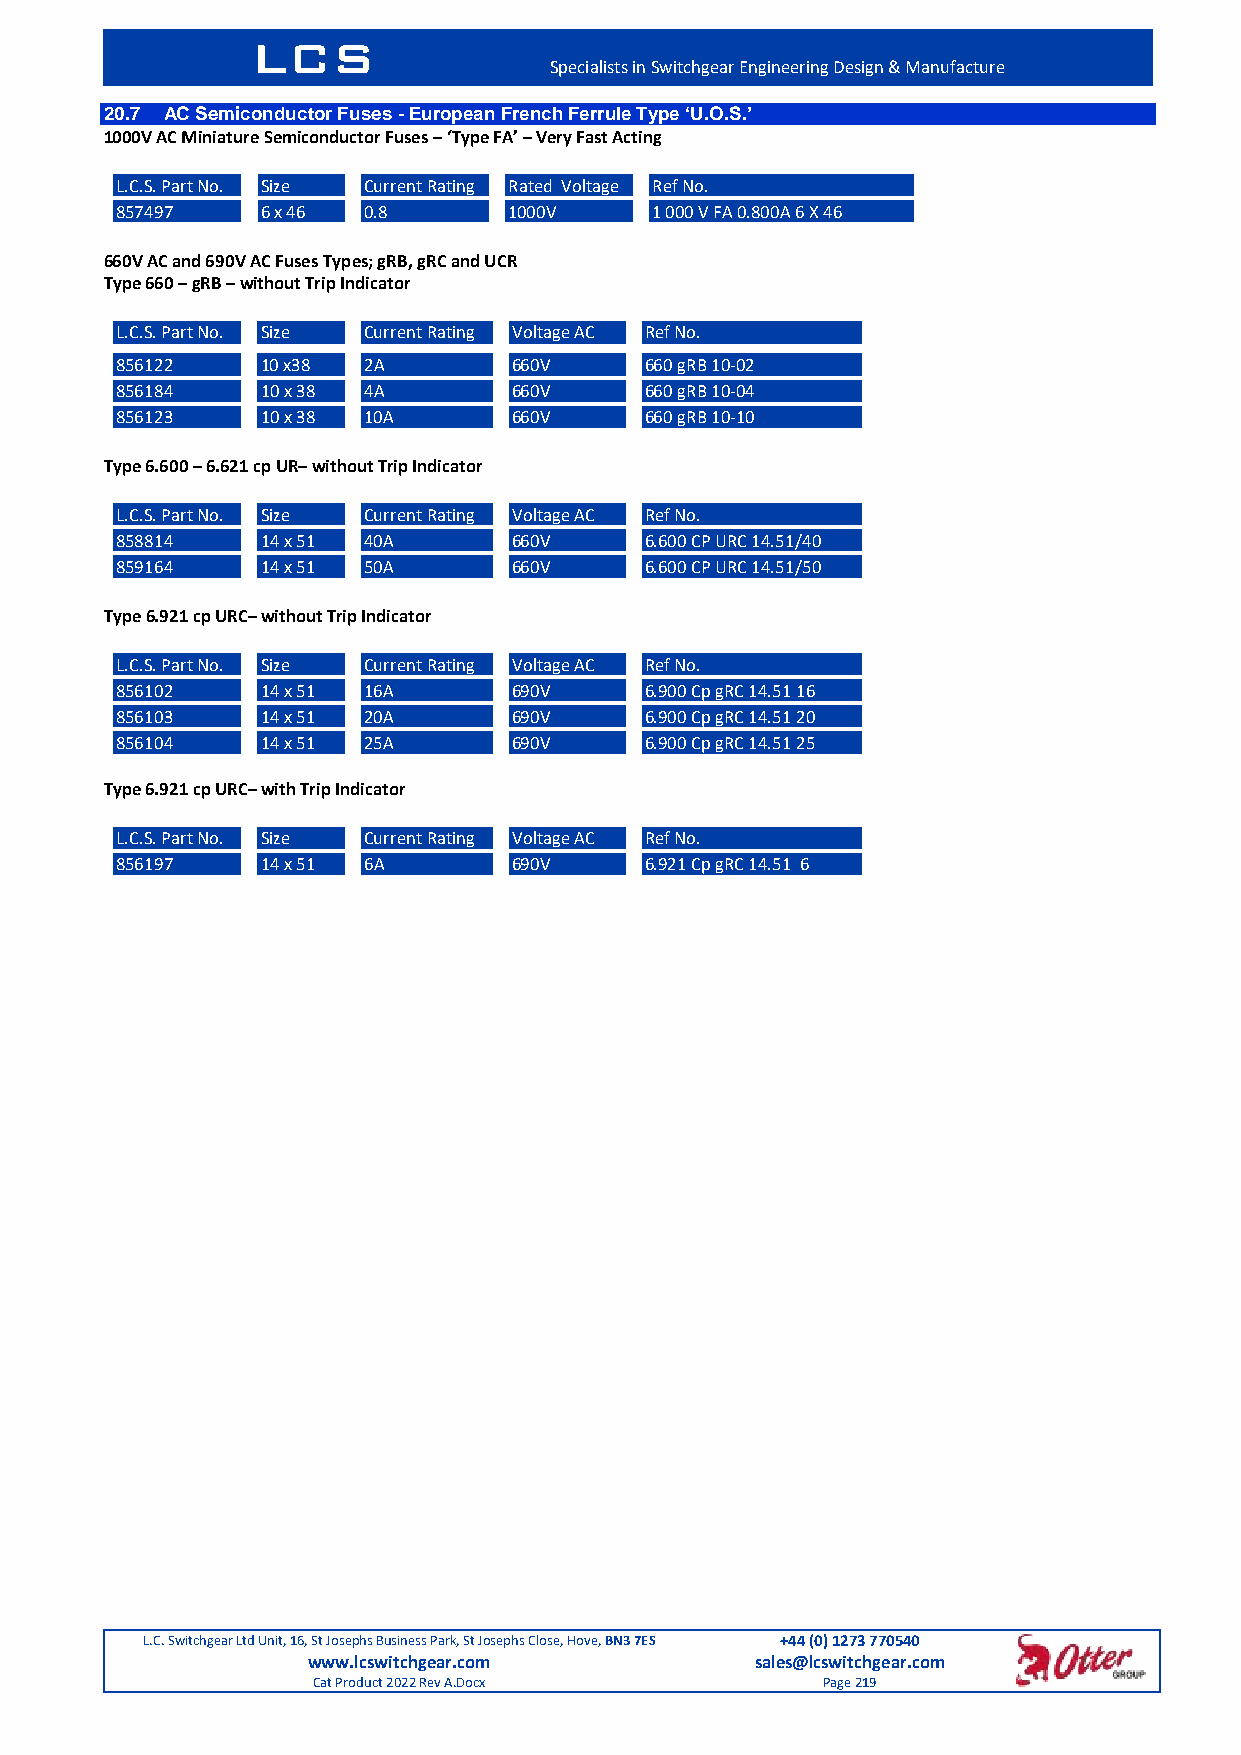
LCS
 Specialists in Switchgear Engineering Design & Manufacture
 20.7 AC Semiconductor Fuses - European French Ferrule Type ‘U.O.S.’
 1000V AC Miniature Semiconductor Fuses – ‘Type FA’ – Very Fast Acting
 L.C.S. Part No. Size Current Rating Rated Voltage Ref No.
 857497   6 x 46 0.8       1000V    1 000 V FA 0.800A 6 X 46
 660V AC and 690V AC Fuses Types; gRB, gRC and UCR
 Type 660 – gRB – without Trip Indicator
 L.C.S. Part No. Size Current Rating Voltage AC Ref No.
 856122   10 x38 2A        660V     660 gRB 10-02
 856184   10 x 38 4A       660V     660 gRB 10-04
 856123   10 x 38 10A      660V     660 gRB 10-10
 Type 6.600 – 6.621 cp UR– without Trip Indicator
 L.C.S. Part No. Size Current Rating Voltage AC Ref No.
 858814   14 x 51 40A      660V     6.600 CP URC 14.51/40
 859164   14 x 51 50A      660V     6.600 CP URC 14.51/50
 Type 6.921 cp URC– without Trip Indicator
 L.C.S. Part No. Size Current Rating Voltage AC Ref No.
 856102   14 x 51 16A      690V     6.900 Cp gRC 14.51 16
 856103   14 x 51 20A      690V     6.900 Cp gRC 14.51 20
 856104   14 x 51 25A      690V     6.900 Cp gRC 14.51 25
 Type 6.921 cp URC– with Trip Indicator
 L.C.S. Part No. Size Current Rating Voltage AC Ref No.
 856197   14 x 51 6A       690V     6.921 Cp gRC 14.51 6
 L.C. Switchgear Ltd Unit, 16, St Josephs Business Park, St Josephs Close, Hove, BN3 7ES +44 (0) 1273 770540
 www.lcswitchgear.com          sales@lcswitchgear.com
 Cat Product 2022 Rev A.Docx      Page 219